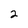
Character: 2